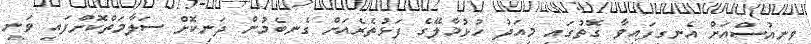
ވީނިއުސްއަށް އެނގިފައިވާ ގޮތުގައި މިއަދު ހުޅުމާލޭގެ ފަޅުތެރެއަށް ގެނބެމުން ދަނިކޮށް ސަލާމަތްކޮށްފައި ވަނީ